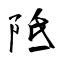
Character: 阺